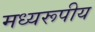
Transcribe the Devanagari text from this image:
मध्यरूपीय